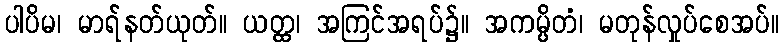
ပါပိမ၊ မာရ်နတ်ယုတ်။ ယတ္ထ၊ အကြင်အရပ်၌။ အကမ္ပိတံ၊ မတုန်လှုပ်စေအပ်။